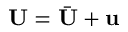
\mathbf { U } = \bar { \mathbf { U } } + \mathbf { u }